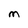
Character: M